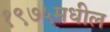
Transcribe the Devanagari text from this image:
१९७५मधील